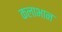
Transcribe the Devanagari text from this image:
कलाभान